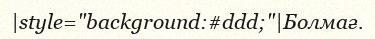
|style="background:#ddd;"|Болмағ.